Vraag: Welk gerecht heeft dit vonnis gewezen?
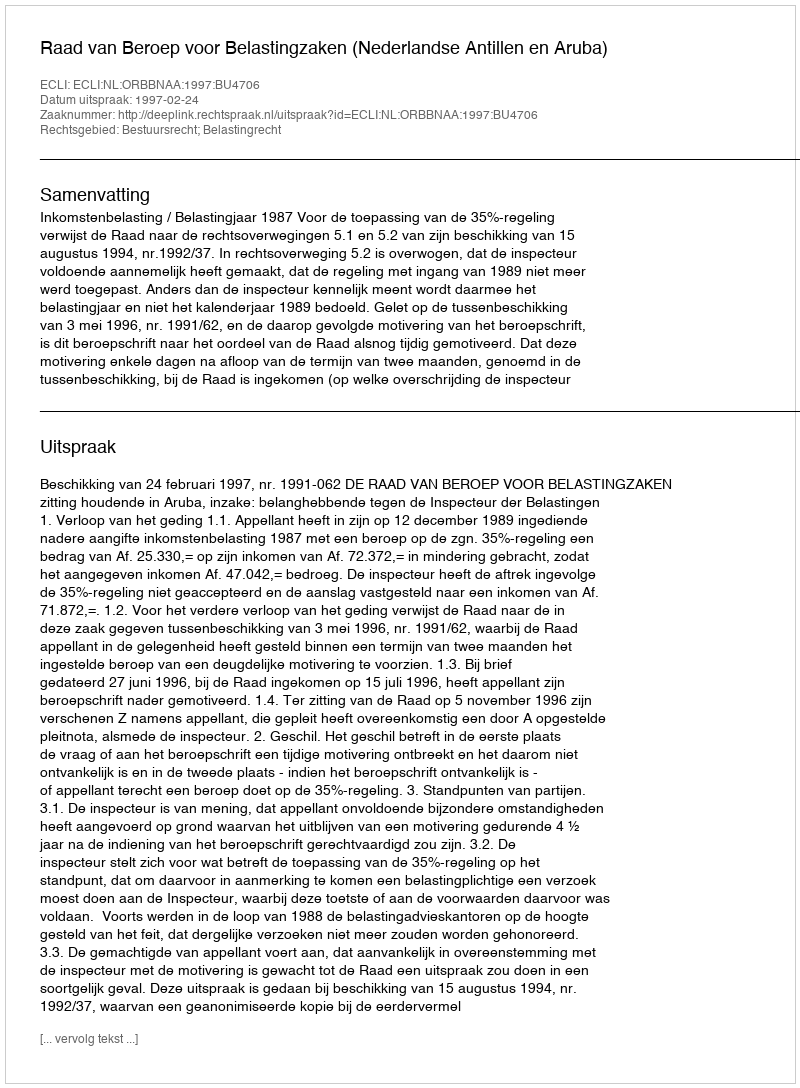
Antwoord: Raad van Beroep voor Belastingzaken (Nederlandse Antillen en Aruba)